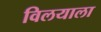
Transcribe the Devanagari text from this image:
विलयाला